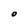
Character: O